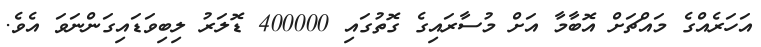
އަހަރެއްގެ މައްޗަށް އޮބާމާ އަށް މުސާރައިގެ ގޮތުގައި 400000 ޑޮލަރު ލިބިވަޑައިގަންނަވަ އެވެ.